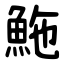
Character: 䰿